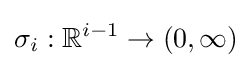
\sigma _{i}:\mathbb {R} ^{i-1}\to (0,\infty )